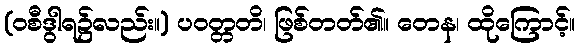
(ဝစီဒွါရ၌လည်း။) ပဝတ္တတိ၊ ဖြစ်တတ်၏။ တေန၊ ထိုကြောင့်။